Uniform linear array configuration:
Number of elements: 24
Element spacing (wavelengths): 0.5
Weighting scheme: blackman
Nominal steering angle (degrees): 30
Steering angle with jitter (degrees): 28.327
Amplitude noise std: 0.05
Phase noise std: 0.05

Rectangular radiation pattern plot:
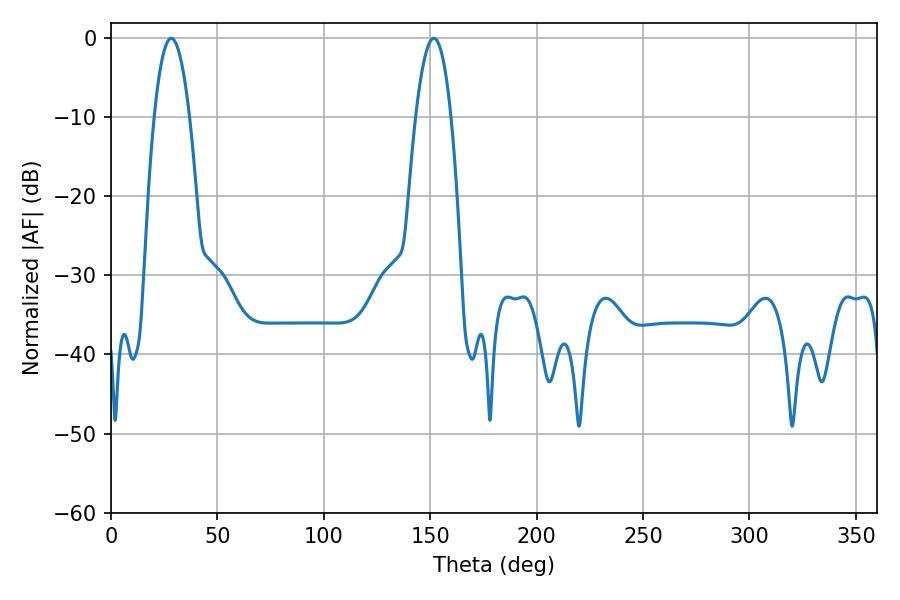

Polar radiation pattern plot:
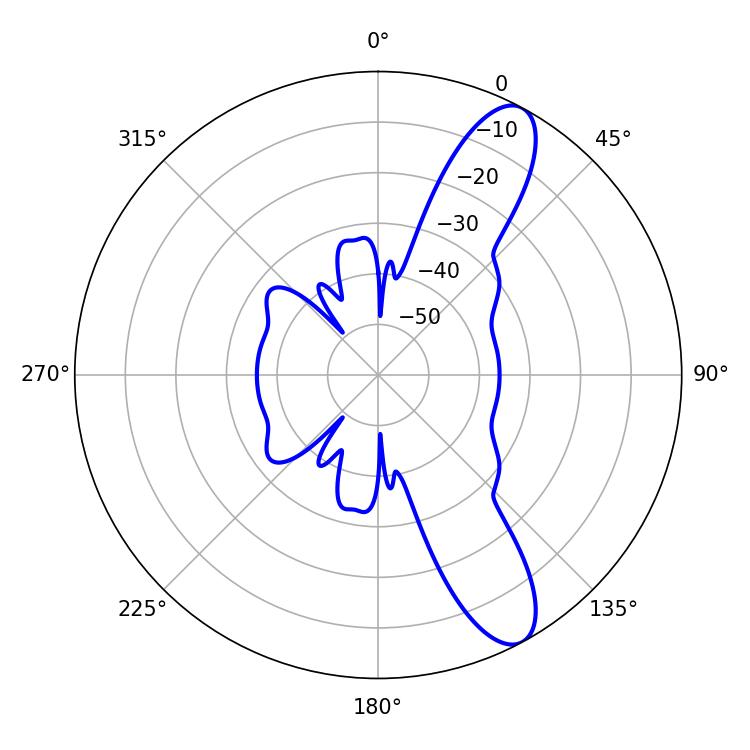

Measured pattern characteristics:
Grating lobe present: FALSE
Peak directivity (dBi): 10.873
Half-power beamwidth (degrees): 9.18
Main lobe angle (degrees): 151.74